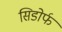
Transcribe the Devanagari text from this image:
सिडोर्फ